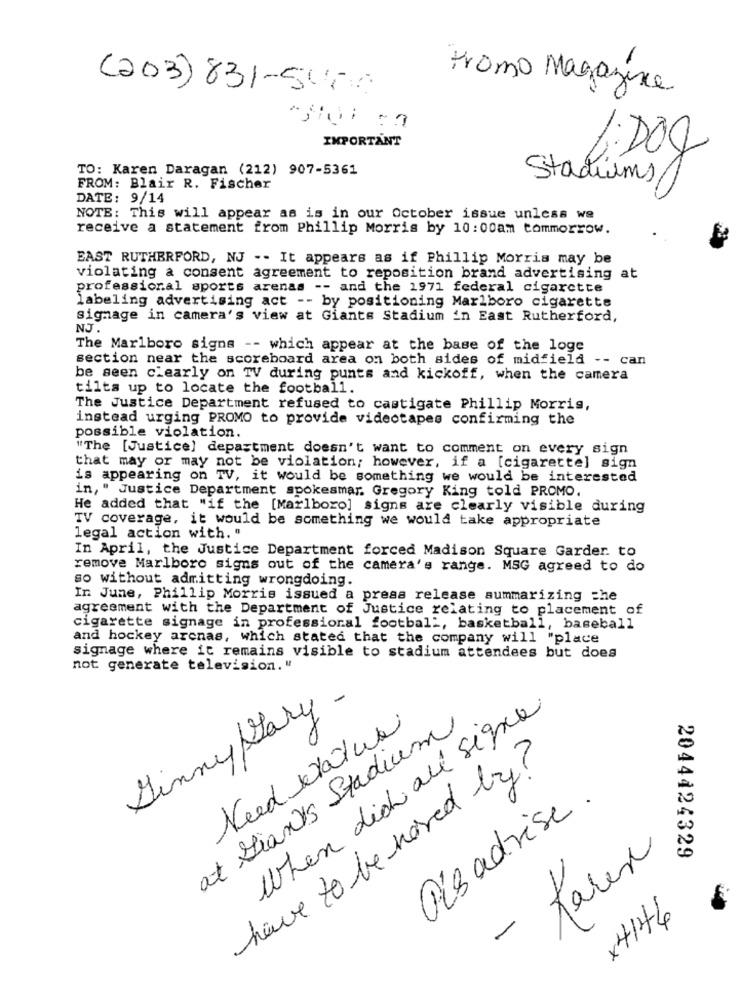
(203)831-545
tromo Magazine
-
IMPORTANT
TO: Karen Daragan (212) 907-5361
Stadiums
FROM: Blair R. Fischer
DATE: 9/14
NOTE: This will appear as is in our October issue unless we
receive a statement from Phillip Morris by 10:00am tommorrow.
EAST RUTHERFORD, NJ -- It appears as if Phillip Morris may be
violating a consent agreement to reposition brand advertising at
professional sports arenas -- and the 1971 federal cigarette
labeling advertising act -- by positioning Marlboro cigarette
signage in camera's view at Giants Stadium in East Rutherford,
NJ
The Marlboro signs -- which appear at the base of the loge
section near the scoreboard area on both sides of midfield
-- can
be seen clearly on TV during punts and kickoff, when the camera
tilts up to locate the football.
The Justice Department refused to castigate Phillip Morris,
instead urging PROMO to provide videotapes confirming the
possible violation.
"The [Justice) department doesn't want to comment on every sign
that may or may not be violation; however, if a [cigarette] sign
is appearing on TV, it would be something we would be interested
in, " Justice Department spokesmar. Gregory King told PROMO.
He added that "if the [Marlboro] signs are clearly visible during
TV coverage, it would be something we would take appropriate
legal action with. "
In April, the Justice Department forced Madison Square Garder. to
remove Marlboro signs out of the camera's range. MSG agreed to do
so without admitting wrongdoing.
In June, Phillip Morris issued a press release summarizing the
agreement with the Department of Justice relating to placement of
cigarette signage in professional football, basketball, baseball
and hockey arenas, which stated that the company will "place
signage where it remains visible to stadium attendees but does
not generate television. "
Ginny Gary -
When did all segue
at Giants Stadium
Need latua
have to be moved by?
Pisadrise .
taren
2044424329
-
x4146